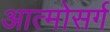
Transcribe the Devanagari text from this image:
आत्मोसर्ग